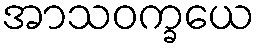
အာသဝက္ခယေ